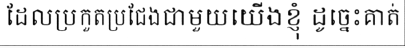
ដែលប្រកួតប្រជែងជាមួយយើងខ្ញុំ ដូច្នេះគាត់